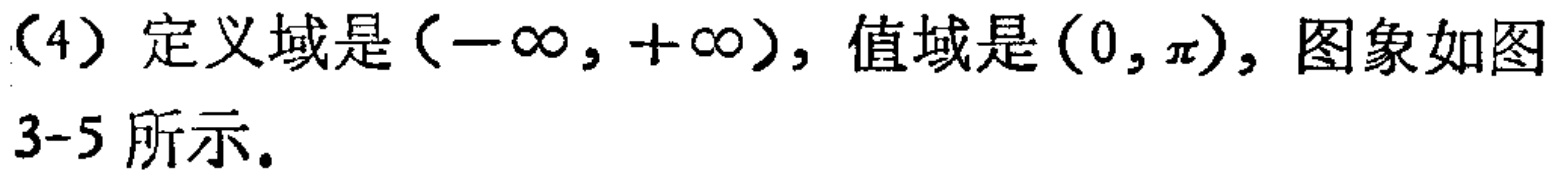
（4）定义域是\((-\infty,+\infty)\)，值域是\((0,\pi)\)，图象如图3-5所示。